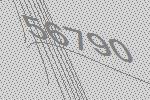
56790